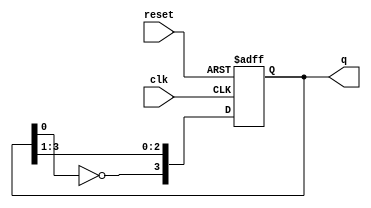
module johnson_counter (
    input wire clk,         // Clock input
    input wire reset,       // Asynchronous reset (active low)
    output reg [3:0] q      // 4-bit output for the counter
);

    // Always block triggered on the clock edge and reset
    always @(posedge clk or negedge reset) begin
        if (!reset) begin
            // Resetting all flip-flops to 0
            q <= 4'b0000;
        end else begin
            // Johnson counter logic
            q[3] <= ~q[0];       // Invert the last flip-flop output to feed the first
            q[2] <= q[3];        // Shift the current state to the next flip-flop
            q[1] <= q[2];
            q[0] <= q[1];
        end
    end

endmodule